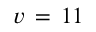
v \, = \, 1 1